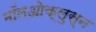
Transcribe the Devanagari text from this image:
मॉलओक्लुस्न